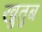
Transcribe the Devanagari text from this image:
खुतुब